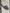
Text: 6